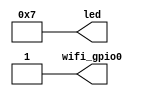
module top (
    output [7:0] led,
    output wifi_gpio0
);
    assign led = 8'b00000111;

    assign wifi_gpio0 = 1'b1;
endmodule